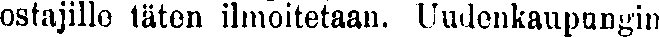
ostajille täten ilmoitetaan. Uudenkaupungin